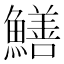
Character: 鱔